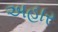
અહાર